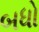
બધો